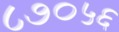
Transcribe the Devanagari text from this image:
८७०५६